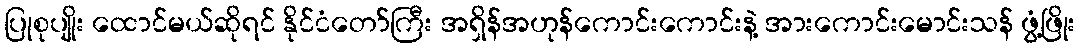
ပြုစုပျိုး ထောင်မယ်ဆိုရင် နိုင်ငံတော်ကြီး အရှိန်အဟုန်ကောင်းကောင်းနဲ့ အားကောင်းမောင်းသန် ဖွံ့ဖြိုး